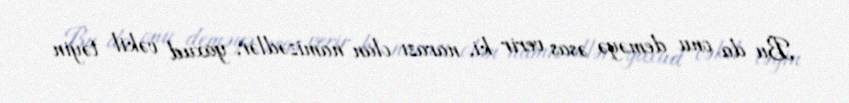
Bu da onu deməyə əsas verir ki, narazı olan namizədlər, yaxud vəkil təyin